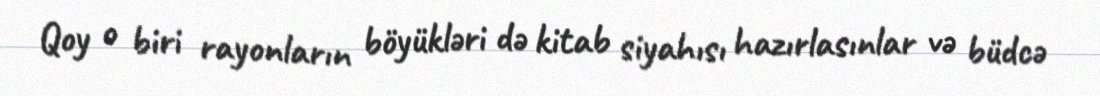
Qoy o biri rayonların böyükləri də kitab siyahısı hazırlasınlar və büdcə